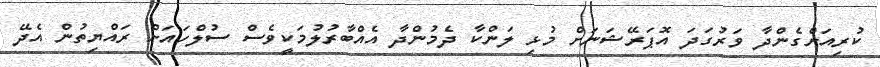
ކުރިއަށްގެންދާ ވަރުގަދަ އޮޕަރޭޝަނަށް މުޅި ލަންކާ ދެމުންދާ އެއްބާރުލުމަކީވެސް ސުލްހައަށް ރައްޔިތުން އެދޭ